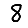
Digit: 8